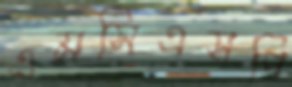
এমসিএসপি